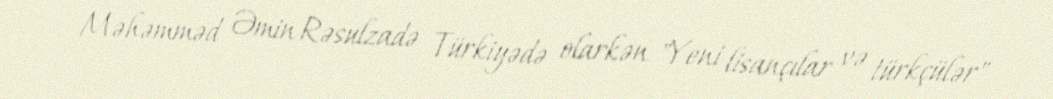
Məhəmməd Əmin Rəsulzadə Türkiyədə olarkən "Yeni lisançılar və türkçülər"